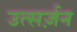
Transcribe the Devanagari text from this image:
उत्सर्ज़न